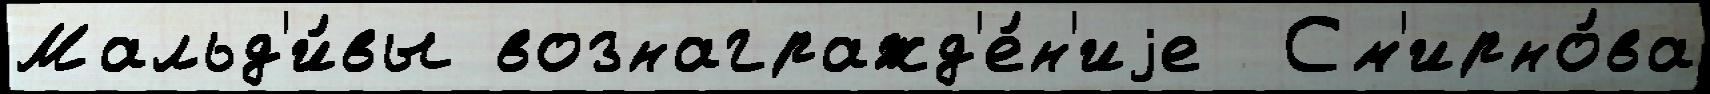
Мальд'и́вы вознагражд'е́н'иjе  См'ирно́ва